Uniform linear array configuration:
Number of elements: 12
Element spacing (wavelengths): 0.75
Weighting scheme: kaiser
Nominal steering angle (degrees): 60
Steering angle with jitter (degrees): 59.241
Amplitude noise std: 0.05
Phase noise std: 0.05

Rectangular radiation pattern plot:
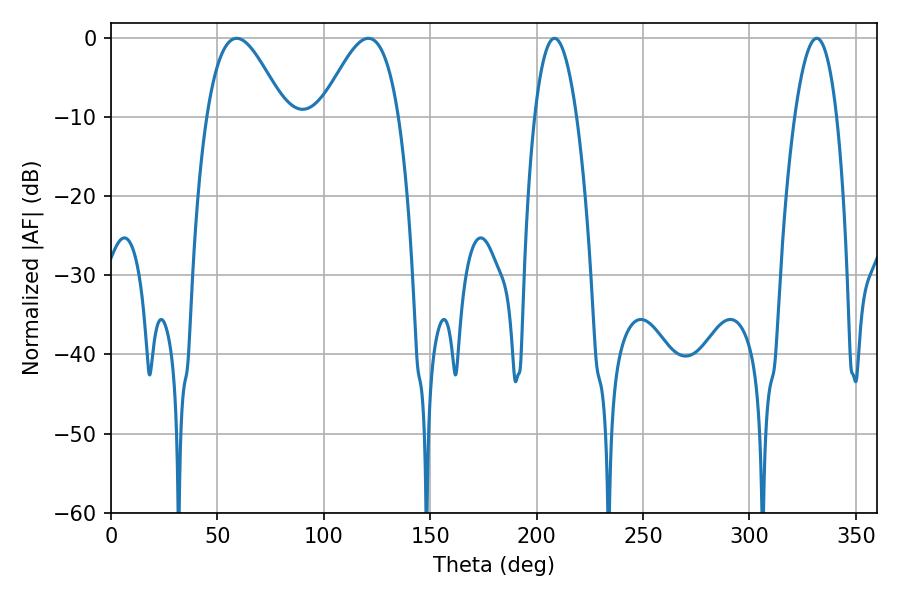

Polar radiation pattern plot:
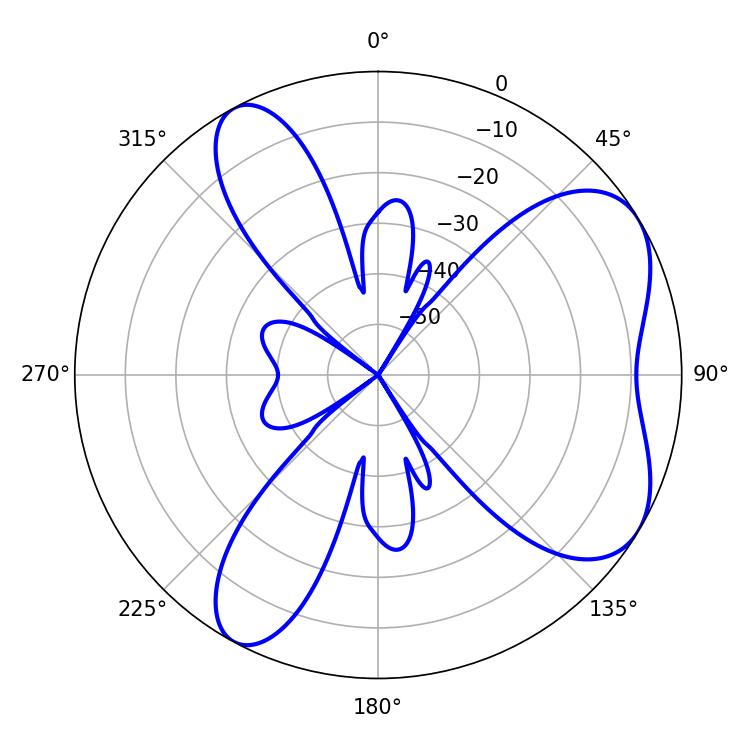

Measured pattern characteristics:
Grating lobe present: TRUE
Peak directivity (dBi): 6.128
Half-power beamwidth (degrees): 19.8
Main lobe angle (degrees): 59.04